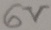
Text: 6V